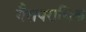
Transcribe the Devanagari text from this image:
गैरापराधिक